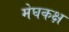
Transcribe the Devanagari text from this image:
मेघकक्ष